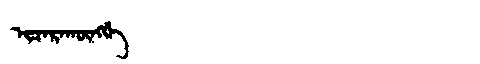
Manchu: ᡳᠴᠠᡵᠠᡴᡡᠩᡤᡝ
Romanization: ICARAKŪNGGE